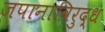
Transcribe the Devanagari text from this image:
जपानाविरुद्ध